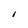
Character: 1